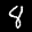
Label: 8